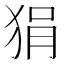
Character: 狷